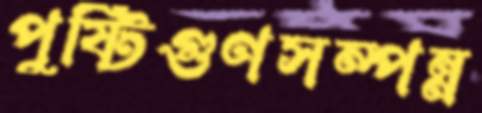
পুষ্টিগুণসম্পন্ন